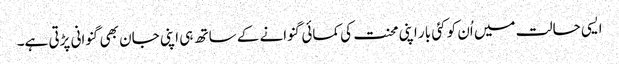
ایسی حالت میں اُن کو کئی بار اپنی محنت کی کمائی گنوانے کے ساتھ ہی اپنی جان بھی گنوانی پڑتی ہے۔